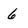
Character: 6